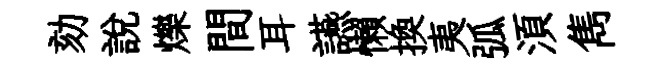
劾說爍間耳讌懶換夷弧湏雋